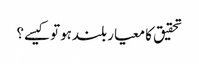
تحقیق کا معیار بلندہوتوکیسے؟